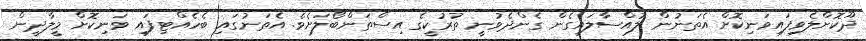
ދޫކޮށްލެވިފައިވަނިކޮށް އެތަނުން ލުއްސާލައިގެން ގެންދެވުނީ ތުރުކީގެ އިސްތަންބޯލަށެވެ. އެތަނުގައި ބެހެއްޓިފައި ވަނިކޮށް މީލާދީން